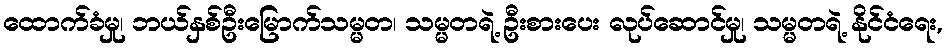
ထောက်ခံမှု၊ ဘယ်နှစ်ဦးမြောက်သမ္မတ၊ သမ္မတရဲ့ ဦးစားပေး လုပ်ဆောင်မှု၊ သမ္မတရဲ့ နိုင်ငံရေး,